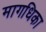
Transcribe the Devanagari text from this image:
मागधिका